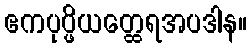
ဧကပုပ္ဖိယတ္ထေရအပဒါန။